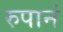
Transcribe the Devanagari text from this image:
रुपानं